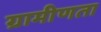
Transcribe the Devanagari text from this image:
ग्रामीणता